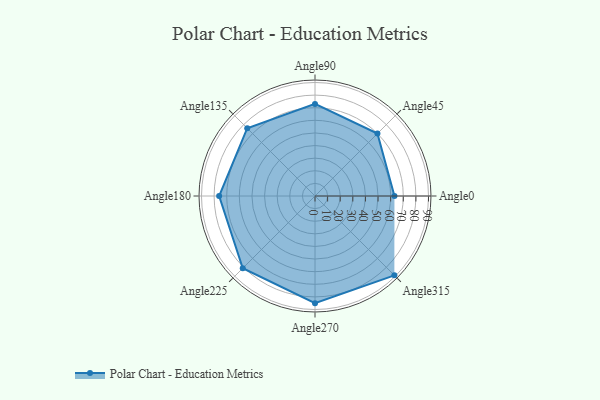
{"axis": {"x": "Angle", "y": "Radius"}, "legend": [""], "data": [{"x": "Angle0", "y": 63.0, "type": ""}, {"x": "Angle45", "y": 70.0, "type": ""}, {"x": "Angle90", "y": 73.0, "type": ""}, {"x": "Angle135", "y": 76.0, "type": ""}, {"x": "Angle180", "y": 76.0, "type": ""}, {"x": "Angle225", "y": 81.0, "type": ""}, {"x": "Angle270", "y": 85.0, "type": ""}, {"x": "Angle315", "y": 89.0, "type": ""}]}